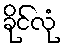
ခိုင်လုံ